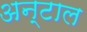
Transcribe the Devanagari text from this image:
अन्टाल